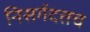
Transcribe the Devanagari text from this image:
निसर्गदत्तच